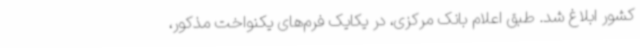
کشور ابلاغ شد. طبق اعلام بانک مرکزی، در یکایک فرم‌های یکنواخت مذکور،